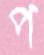
প